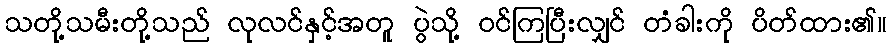
သတို့သမီးတို့သည် လုလင်နှင့်အတူ ပွဲသို့ ဝင်ကြပြီးလျှင် တံခါးကို ပိတ်ထား၏။